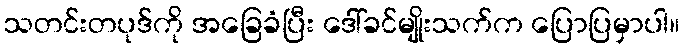
သတင်းတပုဒ်ကို အခြေခံပြီး ဒေါ်ခင်မျိုးသက်က ပြောပြမှာပါ။